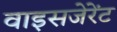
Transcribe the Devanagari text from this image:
वाइसजेरेंट